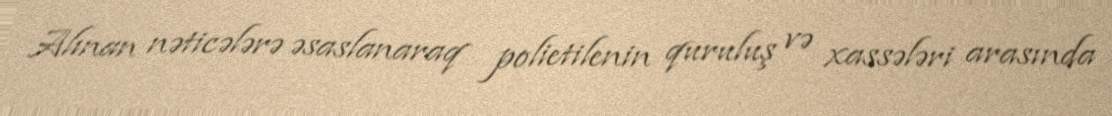
Alınan nəticələrə əsaslanaraq polietilenin quruluş və xassələri arasında